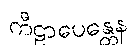
ကီဠာပေန္တေန